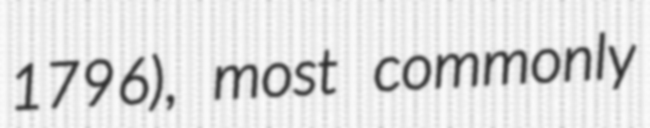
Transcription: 1796), most commonly